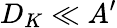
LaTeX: D_{K}\ll A^{\prime}